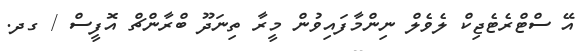
އޭ ސްޓްރެޓެޖިކް ލެވެލް ނިންމާފައިވުން މީރާ ތިނަދޫ ބްރާންޗް އޮފީސް / ގދ.